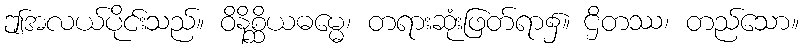
ဤအလယ်ပိုင်းသည်။ ဝိနိစ္ဆိယဓမ္မေ၊ တရားဆုံးဖြတ်ရာ၌။ ဌိတဿ၊ တည်သော။